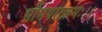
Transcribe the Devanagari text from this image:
भीमपराक्रमः।।